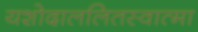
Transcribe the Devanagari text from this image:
यशोदाललितस्वात्मा